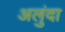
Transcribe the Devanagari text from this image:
अलुंदा